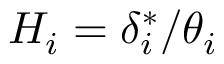
H _ { i } = \delta _ { i } ^ { * } / \theta _ { i }